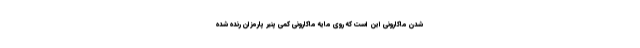
شدن ماکارونی این است که روی مایه ماکارونی کمی پنیر پارمزان رنده شده